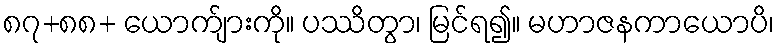
၈၇+၈၈+ ယောက်ျားကို။ ပဿိတွာ၊ မြင်ရ၍။ မဟာဇနကာယောပိ၊